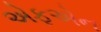
એફએન